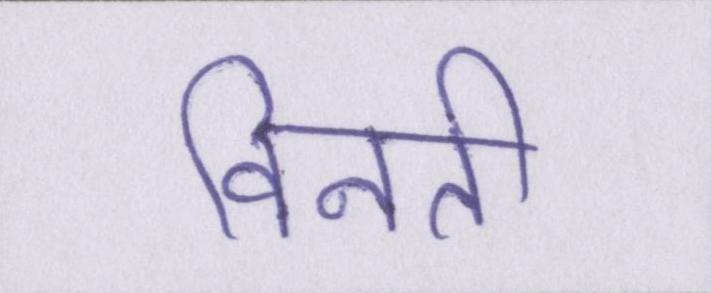
विनती